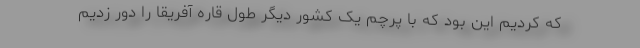
که کردیم این بود که با پرچم یک کشور دیگر طول قاره آفریقا را دور زدیم